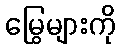
မြွေများကို